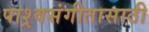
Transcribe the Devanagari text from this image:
पाश्र्वसंगीतासाठी